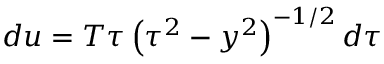
d u = T \tau \left( \tau ^ { 2 } - y ^ { 2 } \right) ^ { - 1 / 2 } d \tau